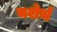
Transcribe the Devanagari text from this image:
यशेर्थ